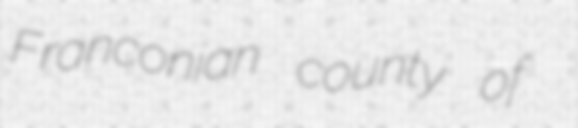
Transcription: Franconian county of